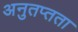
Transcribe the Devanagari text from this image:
अनुतप्तता